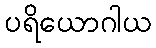
ပရိယောဂါယ